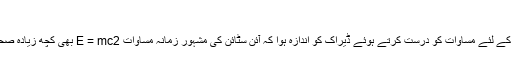
")
اپنی الیکٹران کے لئے مساوات کو درست کرتے ہوئے ڈیراک کو اندازہ ہوا کہ آئن سٹائن کی مشہور زمانہ مساوات E = mc2 بھی کچھ زیادہ صحیح نہیں تھی۔